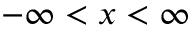
- \infty < x < \infty